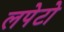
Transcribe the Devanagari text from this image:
लपेटो